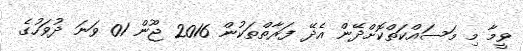
ވީމާ މި މަސައްކަތްކޮށްދޭން އެދޭ ފަރާތްތަކުން 2016 ޖޫން 01 ވަނަ ދުވަހުގެ